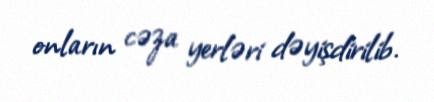
onların cəza yerləri dəyişdirilib.